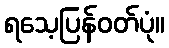
ရသေ့ပြန်ဝတ်ပုံ။